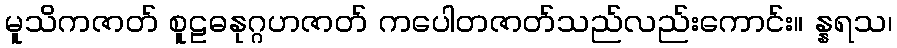
မူသိကဇာတ် စူဠဓနုဂ္ဂဟဇာတ် ကပေါတဇာတ်သည်လည်းကောင်း။ န္နရသ၊